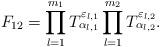
LaTeX: \begin{align*}F_{12}=\prod^{m_1}_{l=1} T^{\varepsilon_{l,1}}_{\alpha_{l,1}} \prod^{m_2}_{l=1} T^{\varepsilon_{l,2}}_{\alpha_{l,2}}.\end{align*}